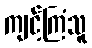
ကျင့်ကြံသူ